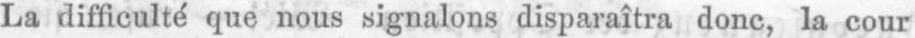
La difficulté que nous signalons disparaîtra donc, la cour